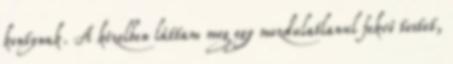
kontynak. A közelben láttam meg egy mozdulatlanul fekvő testet,